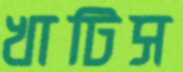
খাটিস